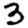
Digit: 3